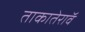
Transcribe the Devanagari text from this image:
ताकातेराॅव